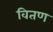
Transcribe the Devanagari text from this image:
वितण